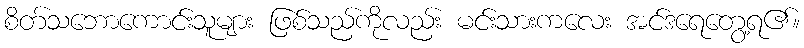
စိတ်သဘောကောင်းသူများ ဖြစ်သည်ကိုလည်း မင်းသားကလေး အင်ဒရေတွေ့ရ၏။